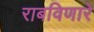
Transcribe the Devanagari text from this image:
राबविणारे